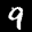
Label: 9